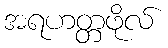
အရဟတ္တဖိုလ်